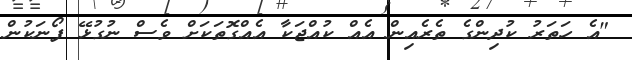
"އެ ހަތަރު ކުދިންގެ ތެރެއިން އެއް ކުއްޖަކާ އެއްގޮތަކަށް ވެސް ނުގުޅޭ ފޯނަކުން